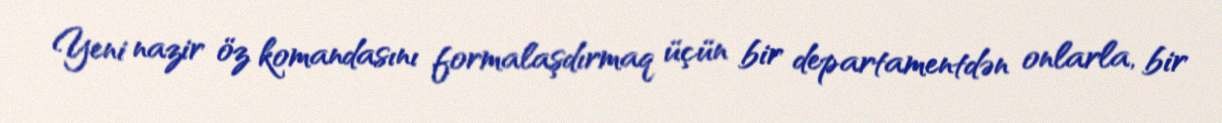
Yeni nazir öz komandasını formalaşdırmaq üçün bir departamentdən onlarla, bir